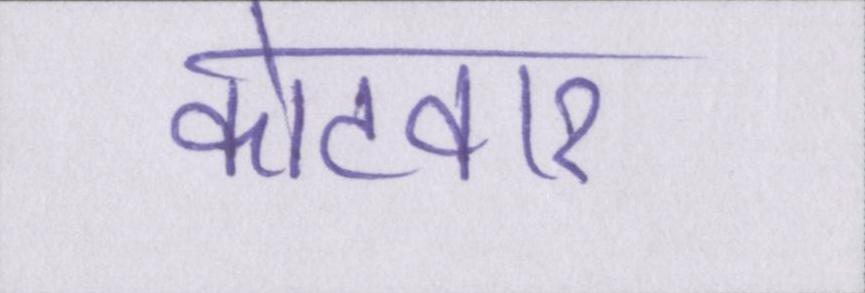
कोटवार